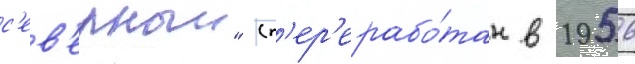
с'ев'ерныи" (п'ер'ерабо́тан в 1956